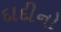
દાદીનો